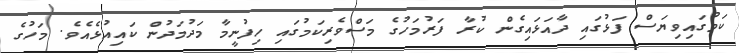
ކަމުގައިވިޔަސް ފަޅުގައި ދާއަޅައިގެން ކުރާ ފަރުމަހުގެ މަސްވެރިކަމުގައި ހިފުނީމާ މަދުމަދުން ކައިއުޅެއެވެ. މަހުގެ